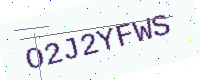
Text: O2J2YFWS